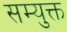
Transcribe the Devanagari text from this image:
सम्युक्त